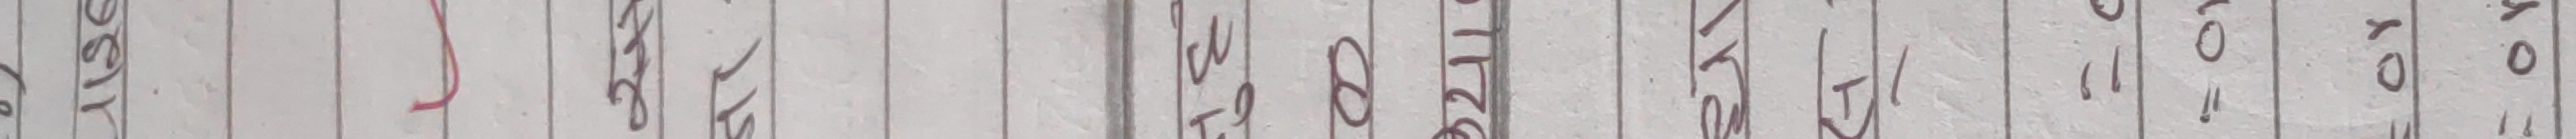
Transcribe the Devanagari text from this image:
बसे के गई प उठ मेरो जा पु ३२४ रा ३ ६ ५ १ ४